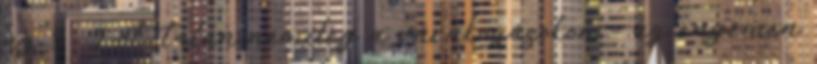
az 5 5-öt, talán némileg a várakozásokon – az enyémen